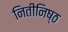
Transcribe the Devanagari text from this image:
नितीनिष्ठ